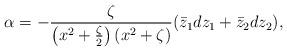
LaTeX: \begin{align*}\alpha = - {\zeta \over \left(x^2 +{\zeta \over 2}\right)\left(x^2 +\zeta\right)}(\bar{z}_1 dz_1 + \bar{z}_2 dz_2),\end{align*}